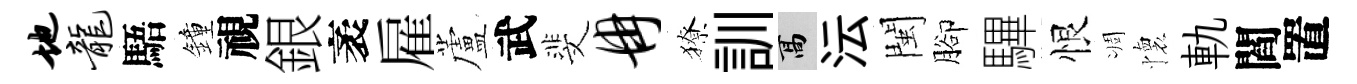
地龙䮏鐘視銀袤雇蘆武斐冉獠訓高沄閩腳驆恨凋懷軌閻置